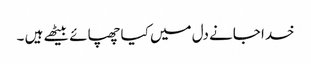
خدا جانے دل میں کیا چھپائے بیٹھے ہیں ۔